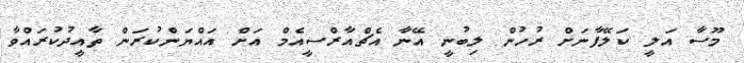
މޫސާ އަލީ ކަލޭފާނަށް ރުހުން ލިބުނީ އޭނާ އެޗްއާރްސީއެމް އަށް އައްޔަންކުރަން ތާއީދުކުރައްވާ